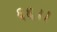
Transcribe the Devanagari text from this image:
६६।।